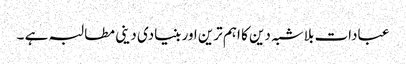
عبادات بلاشبہ دین کا اہم ترین اور بنیادی دینی مطالبہ ہے ۔